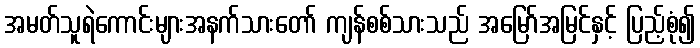
အမတ်သူရဲကောင်းများအနက်သားတော် ကျန်စစ်သားသည် အမြော်အမြင်နှင့် ပြည့်စုံ၍